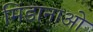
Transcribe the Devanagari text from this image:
मिंडानाओ